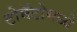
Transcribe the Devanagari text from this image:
टोमॅटोमध्ये